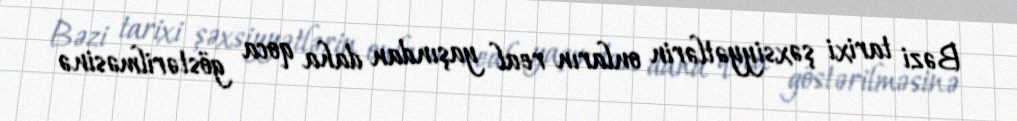
Bəzi tarixi şəxsiyyətlərin onların real yaşından daha qoca göstərilməsinə